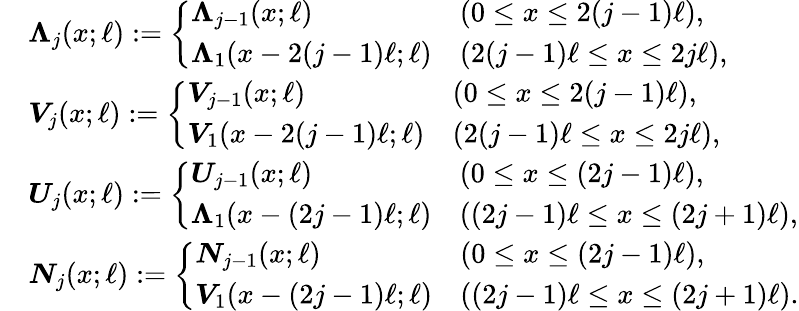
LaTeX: \begin{array}{rl}&{\boldsymbol{\Lambda}_{j}(x;\ell):=\left\{ \begin{array}{ll}{\boldsymbol{\Lambda}_{j-1}(x;\ell)}&{(0\leq x\le 2(j-1)\ell),}\\ {\boldsymbol{\Lambda}_{1}(x-2(j-1)\ell;\ell)}&{(2(j-1)\ell\le x\le 2j\ell),}\end{array}\right.}\\ &{\boldsymbol{V}_{j}(x;\ell):=\left\{ \begin{array}{ll}{\boldsymbol{V}_{j-1}(x;\ell)}&{(0\leq x\le 2(j-1)\ell),}\\ {\boldsymbol{V}_{1}(x-2(j-1)\ell;\ell)}&{(2(j-1)\ell\le x\le 2j\ell),}\end{array}\right.}\\ &{\boldsymbol{U}_{j}(x;\ell):=\left\{ \begin{array}{ll}{\boldsymbol{U}_{j-1}(x;\ell)}&{(0\leq x\le(2j-1)\ell),}\\ {\boldsymbol{\Lambda}_{1}(x-(2j-1)\ell;\ell)}&{((2j-1)\ell\le x\le(2j+1)\ell),}\end{array}\right.}\\ &{\boldsymbol{N}_{j}(x;\ell):=\left\{ \begin{array}{ll}{\boldsymbol{N}_{j-1}(x;\ell)}&{(0\leq x\le(2j-1)\ell),}\\ {\boldsymbol{V}_{1}(x-(2j-1)\ell;\ell)}&{((2j-1)\ell\le x\le(2j+1)\ell).}\end{array}\right.}\end{array}